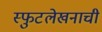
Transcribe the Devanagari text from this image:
स्फुटलेखनाची